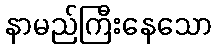
နာမည်ကြီးနေသော